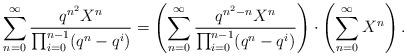
LaTeX: \begin{align*}\sum_{n=0}^\infty \frac{q^{n^2} X^n}{\prod_{i=0}^{n-1}(q^n-q^i)} = \left(\sum_{n=0}^\infty \frac{q^{n^2-n}X^n}{\prod_{i=0}^{n-1}(q^n-q^i)}\right) \cdot \left(\sum_{n=0}^\infty X^n\right).\end{align*}